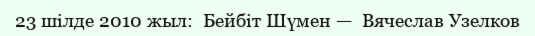
23 шілде 2010 жыл:  Бейбіт Шүмен —  Вячеслав Узелков